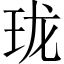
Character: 珑